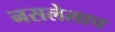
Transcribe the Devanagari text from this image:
नसलेलाच